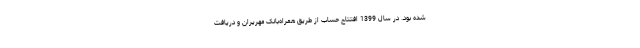
شده بود. در سال 1399 افتتاح حساب از طریق همراه‌بانک مهریران و دریافت